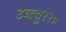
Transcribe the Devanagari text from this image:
डब्ल्यु२२०